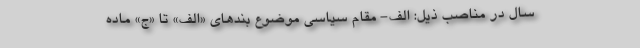
سال در مناصب ذیل: الف- مقام سیاسی موضوع بند‌های «الف» تا «ج» ماده